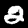
Digit: 2